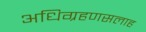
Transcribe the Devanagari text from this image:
अधिग्रहणसलाह